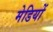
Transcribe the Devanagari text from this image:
मेडियों